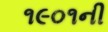
૧૯૦૧ની